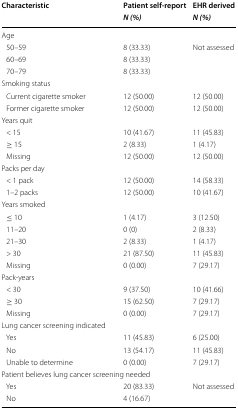
<table><thead><tr><td rowspan="2"><b>Characteristic</b></td><td><b>Patient self-report</b></td><td><b>EHR derived</b></td></tr><tr><td><b><i>N (%)</i></b></td><td><b><i>N (%)</i></b></td></tr></thead><tbody><tr><td colspan="3">Age</td></tr><tr><td> 50–59</td><td>8 (33.33)</td><td>Not assessed</td></tr><tr><td> 60–69</td><td>8 (33.33)</td><td></td></tr><tr><td> 70–79</td><td>8 (33.33)</td><td></td></tr><tr><td colspan="3">Smoking status</td></tr><tr><td> Current cigarette smoker</td><td>12 (50.00)</td><td>12 (50.00)</td></tr><tr><td> Former cigarette smoker</td><td>12 (50.00)</td><td>12 (50.00)</td></tr><tr><td colspan="3">Years quit</td></tr><tr><td> &lt; 15</td><td>10 (41.67)</td><td>11 (45.83)</td></tr><tr><td> ≥ 15</td><td>2 (8.33)</td><td>1 (4.17)</td></tr><tr><td> Missing</td><td>12 (50.00)</td><td>12 (50.00)</td></tr><tr><td colspan="3">Packs per day</td></tr><tr><td> &lt; 1 pack</td><td>12 (50.00)</td><td>14 (58.33)</td></tr><tr><td> 1–2 packs</td><td>12 (50.00)</td><td>10 (41.67)</td></tr><tr><td colspan="3">Years smoked</td></tr><tr><td> ≤ 10</td><td>1 (4.17)</td><td>3 (12.50)</td></tr><tr><td> 11–20</td><td>0 (0)</td><td>2 (8.33)</td></tr><tr><td> 21–30</td><td>2 (8.33)</td><td>1 (4.17)</td></tr><tr><td> &gt; 30</td><td>21 (87.50)</td><td>11 (45.83)</td></tr><tr><td> Missing</td><td>0 (0.00)</td><td>7 (29.17)</td></tr><tr><td colspan="3">Pack-years</td></tr><tr><td> &lt; 30</td><td>9 (37.50)</td><td>10 (41.66)</td></tr><tr><td> ≥ 30</td><td>15 (62.50)</td><td>7 (29.17)</td></tr><tr><td> Missing</td><td>0 (0.00)</td><td>7 (29.17)</td></tr><tr><td colspan="3">Lung cancer screening indicated</td></tr><tr><td> Yes</td><td>11 (45.83)</td><td>6 (25.00)</td></tr><tr><td> No</td><td>13 (54.17)</td><td>11 (45.83)</td></tr><tr><td> Unable to determine</td><td>0 (0.00)</td><td>7 (29.17)</td></tr><tr><td colspan="3">Patient believes lung cancer screening needed</td></tr><tr><td> Yes</td><td>20 (83.33)</td><td>Not assessed</td></tr><tr><td> No</td><td>4 (16.67)</td><td></td></tr></tbody></table>